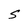
Character: S